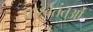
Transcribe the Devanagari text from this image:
पार्श्वतंतुओं